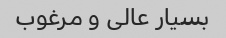
بسیار عالی و مرغوب